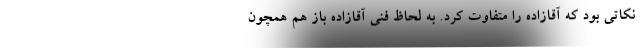
نکاتی بود که آقازاده را متفاوت کرد. به لحاظ فنی آقازاده باز هم همچون